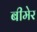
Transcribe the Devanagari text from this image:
बीमेर